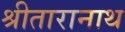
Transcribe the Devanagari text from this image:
श्रीतारानाथ